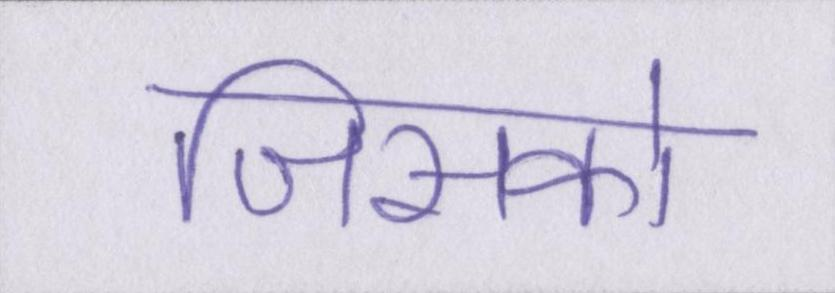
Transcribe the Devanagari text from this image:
जिसको